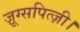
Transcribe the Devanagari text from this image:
ज़ूग्सपित्ज़ी।